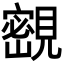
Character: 𡫨